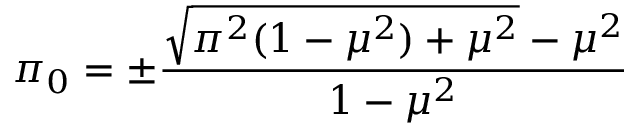
\pi _ { 0 } = \pm \frac { \sqrt { \pi ^ { 2 } ( 1 - \mu ^ { 2 } ) + \mu ^ { 2 } } - \mu ^ { 2 } } { 1 - \mu ^ { 2 } }